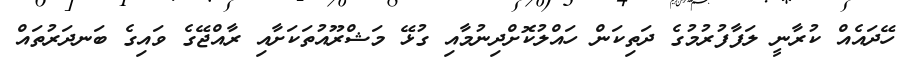
ހޭދައެއް ކުރާނީ ލަފާފުރުމުގެ ދަތިކަން ހައްލުކޮށްދިނުމާއި ގުޅޭ މަޝްރޫއުތަކަށާއި ރާއްޖޭގެ ވައިގެ ބަނދަރުތައް